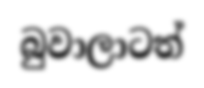
බුවාලාටත්